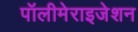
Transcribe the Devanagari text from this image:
पॉलीमेराइजेशन